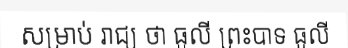
សម្រាប់ រាជ្យ ថា ធូលី ព្រះបាទ ធូលី